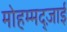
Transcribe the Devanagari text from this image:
मोहम्मद्ज़ाई